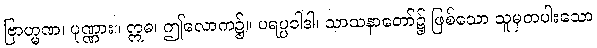
ဗြာဟ္မဏ၊ ပုဏ္ဏား။ ဣဓ၊ ဤလောက၌။ ပရပ္ပဝါဒါ၊ သာသနာတော်၌ ဖြစ်သော သူမှတပါးသော